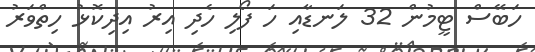
ހަބޭސް ޓީމުން 32 ލަނޑާއި ހަ ފޯލި ހެދި އިރު އިދިކޮޅު ހިތްވަރު